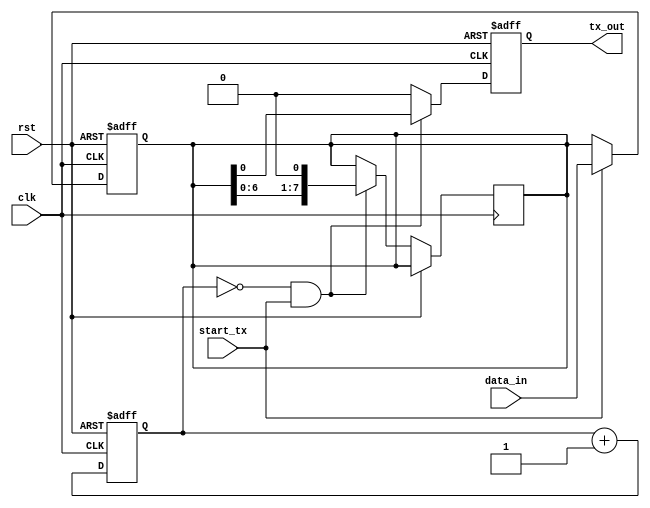
module UART_Transmitter (
    input wire clk,             // System clock signal
    input wire rst,             // Reset signal
    input wire start_tx,        // Start transmission signal
    input wire [7:0] data_in,   // Data to be transmitted
    
    output reg tx_out           // Transmitted data output
);

reg [11:0] baud_rate_counter;  // Baud rate clock counter
reg [7:0] data_buffer;         // Data buffer

// Clock generator block
always @(posedge clk or posedge rst) begin
    if (rst) begin
        baud_rate_counter <= 12'h0;
    end else begin
        baud_rate_counter <= baud_rate_counter + 1;
    end
end

// Baud rate generator block
always @(posedge clk or posedge rst) begin
    if (rst) begin
        // Implement baud rate generation logic based on desired speed
    end
end

// Data buffer block
always @(posedge clk or posedge rst) begin
    if (rst) begin
        data_buffer <= 8'h0;
    end else begin
        if (start_tx) begin
            data_buffer <= data_in;
        end
    end
end

// Control logic block
always @(posedge clk or posedge rst) begin
    if (rst) begin
        tx_out <= 1'b0;
    end else begin
        if (baud_rate_counter == 0 && start_tx) begin
            tx_out <= data_buffer[0];
            data_buffer <= {data_buffer[6:0], 1'b0}; // Shift data buffer
        end else begin
            tx_out <= 1'b0;
        end
    end
end

endmodule